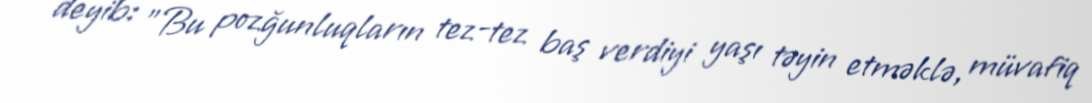
deyib: "Bu pozğunluqların tez-tez baş verdiyi yaşı təyin etməklə, müvafiq